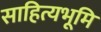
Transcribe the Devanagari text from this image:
साहित्यभूमि